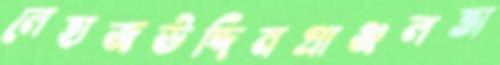
লেহাজউদ্দিনপ্রাঞ্জলতা